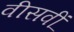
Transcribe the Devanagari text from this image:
वीसवीं